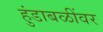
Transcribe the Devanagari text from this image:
हुंडाबळींवर